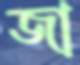
জা